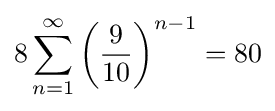
8\sum _{n=1}^{\infty }\left({\frac {9}{10}}\right)^{n-1}=80